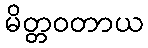
မိတ္တဝတာယ